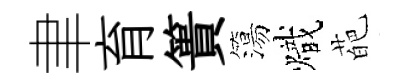
聿育簣簜熾葩